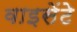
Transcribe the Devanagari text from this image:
वाइसेंटे